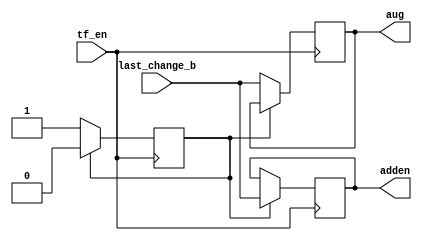
`timescale 1ns / 1ps
//////////////////////////////////////////////////////////////////////////////////
// Company: 
// Engineer: 
// 
// Design Name: 
// Module Name: store
// Project Name: 
// Target Devices: 
// Tool Versions: 
// Description: 
// 
// Dependencies: 
// 
// Revision:
// Revision 0.01 - File Created
// Additional Comments:
// 
//////////////////////////////////////////////////////////////////////////////////


module store(
    input [3:0] last_change_b,
    input tf_en,
    output reg [3:0] aug,
    output reg [3:0] adden
    );
    reg choose_add;
    
    always@(posedge tf_en)
        if(choose_add)
        begin
            adden = last_change_b;
            choose_add = 1'b0;
        end
        else
        begin
            aug = last_change_b;
            choose_add = 1'b1;
        end
    
    
endmodule